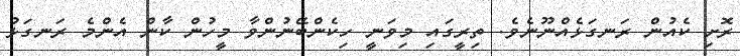
ރޮށި ކެއުން ރަނގަޅެއްނޫނެވެ. ތިރީގައި މިވަނީ ހިކެންބޭނުންވާ މީހުން ކާން އެންމެ ރަނގަޅު